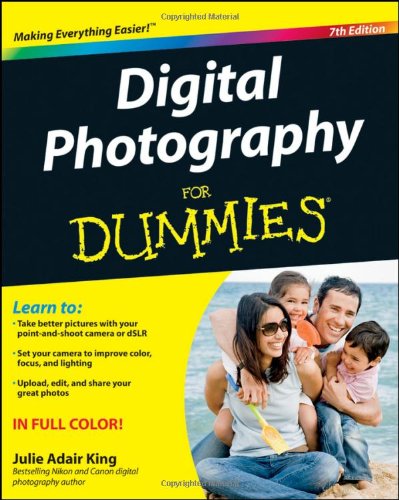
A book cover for Digital Photography For Dummies; Julie Adair King; Computers & Technology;